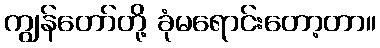
ကျွန်တော်တို့ ခုံမရောင်းတော့တာ။